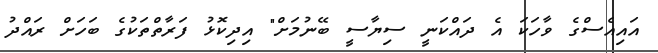
އައިއެސްގެ ވާހަކަ އެ ދައްކަނީ ސިޔާސީ ބޭނުމަށް" އިދިކޮޅު ފަރާތްތަކުގެ ބަހަށް ރައްދު